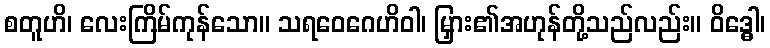
စတူဟိ၊ လေးကြိမ်ကုန်သော။ သရဝေဂေဟိဝါ၊ မြှား၏အဟုန်တို့သည်လည်း။ ဝိဒ္ဓေါ၊